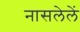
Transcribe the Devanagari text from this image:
नासलेलें